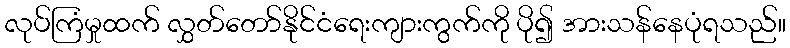
လုပ်ကြံမှုထက် လွှတ်တော်နိုင်ငံရေးကျားကွက်ကို ပို၍ အားသန်နေပုံရသည်။